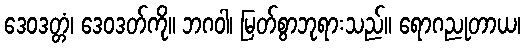
ဒေဝဒတ္တံ၊ ဒေဝဒတ်ကို။ ဘဂဝါ၊ မြတ်စွာဘုရားသည်။ ရောဂညုတာယ၊